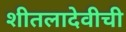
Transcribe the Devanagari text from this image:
शीतलादेवीची